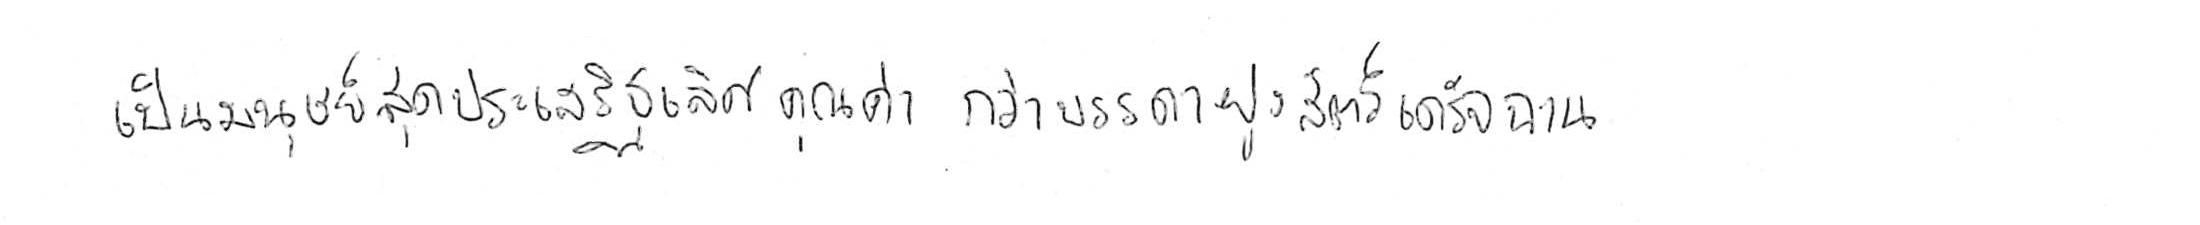
เป็นมนุษย์สุดประเสริฐเลิศคุณค่า กว่าบรรดาฝูงสัตว์เดรัจฉาน